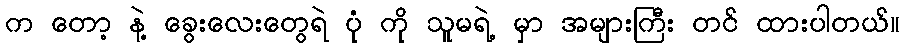
က တော့ နဲ့ ခွေးလေးတွေရဲ ပုံ ကို သူမရဲ့ မှာ အများကြီး တင် ထားပါတယ်။